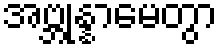
အဗ္ဘုန္နာမေတွာ